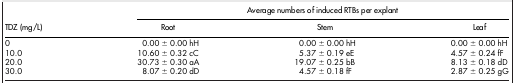
<table><thead><tr><td rowspan="2"><b>TDZ (mg/L)</b></td><td colspan="3"><b>Average numbers of induced RTBs per explant</b></td></tr><tr><td><b>Root</b></td><td><b>Stem</b></td><td><b>Leaf</b></td></tr></thead><tbody><tr><td>0</td><td>0.00 ± 0.00 hH</td><td>0.00 ± 0.00 hH</td><td>0.00 ± 0.00 hH</td></tr><tr><td>10.0</td><td>10.60 ± 0.32 cC</td><td>5.37 ± 0.19 eE</td><td>4.57 ± 0.24 fF</td></tr><tr><td>20.0</td><td>30.73 ± 0.30 aA</td><td>19.07 ± 0.25 bB</td><td>8.13 ± 0.18 dD</td></tr><tr><td>30.0</td><td>8.07 ± 0.20 dD</td><td>4.57 ± 0.18 fF</td><td>2.87 ± 0.25 gG</td></tr></tbody></table>